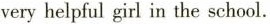
very helpful girl in the school.